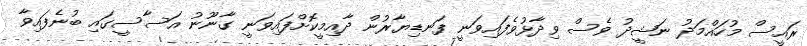
ރައީސް މުހައްމަދު ނަޝީދު ވެސް ވިދާޅުވެފައިވަނީ ފަނޑިޔާރުން ދާއިމީކޮށްފައިވަނީ ގާނޫނު އަސާސީގައި ބުނެފައިވާ